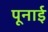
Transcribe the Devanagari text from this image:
पूनाई